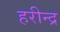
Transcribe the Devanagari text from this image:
हरीन्द्र